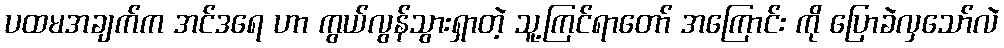
ပထမအချက်က အင်ဒရေ ဟာ ကွယ်လွန်သွားရှာတဲ့ သူ့ကြင်ရာတော် အကြောင်း ကို ပြောခဲလှသော်လဲ